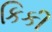
કિકી